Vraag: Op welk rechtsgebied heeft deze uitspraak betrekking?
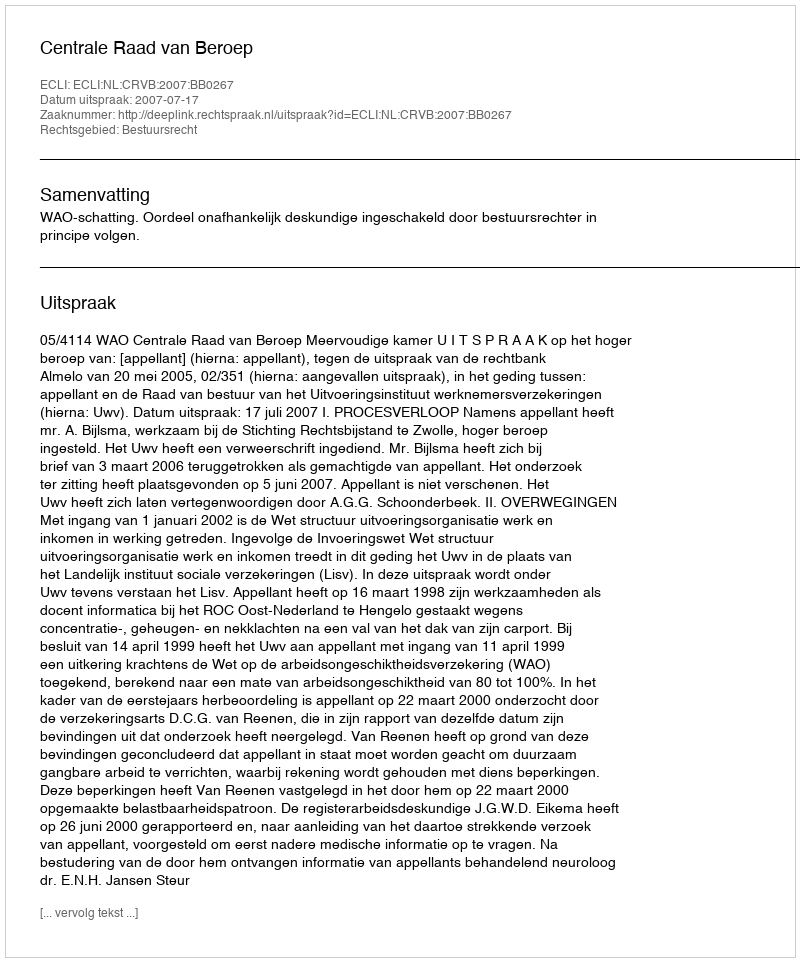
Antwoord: Bestuursrecht